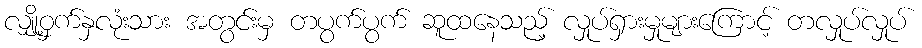
လျှို့ဝှက်နှလုံးသား အတွင်းမှ တပွက်ပွက် ဆူထနေသည့် လှုပ်ရှားမှုများကြောင့် တလှုပ်လှုပ်